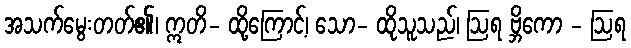
အသက်မွေးတတ်၏၊ ဣတိ- ထို့ကြောင့်၊ သော- ထိုသူသည်၊ ဩရ ဗ္ဘိကော - ဩရ